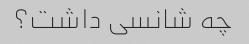
چه شانسی داشت؟